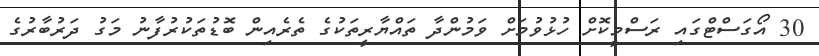
30 އޯގަސްޓްގައި ރަސްމީކޮށް ހުޅުވުމަށް ވަމުންދާ ތައްޔާރީތަކުގެ ތެރެއިން ބޮޑުތަކުރުފާނު މަގު ދަރުބާރުގެ